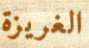
الغريزة